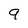
Character: 9